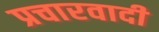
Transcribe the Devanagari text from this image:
प्रचारवादी